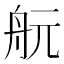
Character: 𦨞